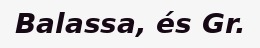
Balassa, és Gr.